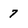
Character: 7